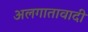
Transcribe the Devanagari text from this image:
अलगातावादी